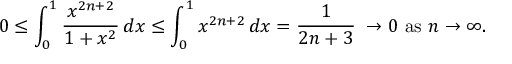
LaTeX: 0 \leq \int _ { 0 } ^ { 1 } { \frac { x ^ { 2 n + 2 } } { 1 + x ^ { 2 } } } \, d x \leq \int _ { 0 } ^ { 1 } x ^ { 2 n + 2 } \, d x = { \frac { 1 } { 2 n + 3 } } \; \rightarrow 0 { \mathrm { ~ a s ~ } } n \rightarrow \infty .